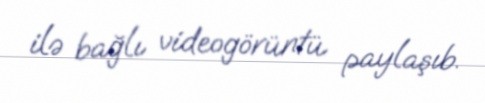
ilə bağlı videogörüntü paylaşıb.